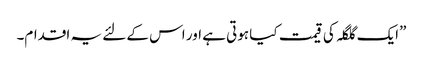
”ایک گلگلہ کی قیمت کیا ہوتی ہے اور اس کے لئے یہ اقدام۔